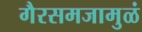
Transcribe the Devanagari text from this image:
गैरसमजामुळं